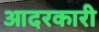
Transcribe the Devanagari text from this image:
आदरकारी